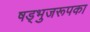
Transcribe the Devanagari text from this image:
षड्भुजरूपका